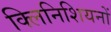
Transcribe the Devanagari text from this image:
क्लिनिशियनों